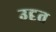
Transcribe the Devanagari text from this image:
उदृत